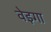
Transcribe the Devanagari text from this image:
वेइगा